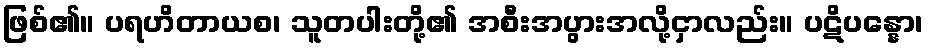
ဖြစ်၏။ ပရဟိတာယစ၊ သူတပါးတို့၏ အစီးအပွားအလို့ငှာလည်း။ ပဋိပန္နော၊